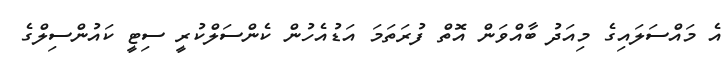
އެ މައްސަލައިގެ މިއަދު ބާއްވަން އޮތް ފުރަތަމަ އަޑުއެހުން ކެންސަލްކުރީ ސިޓީ ކައުންސިލްގެ